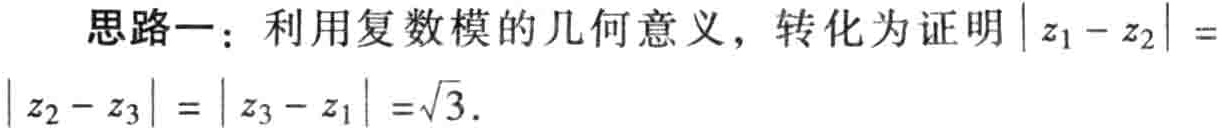
思路一：利用复数模的几何意义，转化为证明\(\vert z_{1}-z_{2}\vert =\vert z_{2}-z_{3}\vert =\vert z_{3}-z_{1}\vert =\sqrt{3}\).